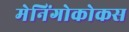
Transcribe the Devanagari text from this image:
मेनिंगोकोकस